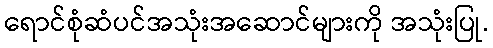
ရောင်စုံဆံပင်အသုံးအဆောင်များကို အသုံးပြု.